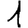
Digit: 1